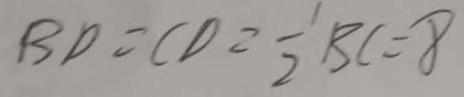
B D = C D = \frac { 1 } { 2 } B C = 8